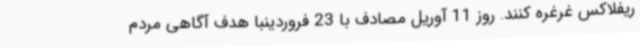
ریفلاکس غرغره کنند. روز 11 آوریل مصادف با 23 فروردینبا هدف آگاهی مردم